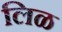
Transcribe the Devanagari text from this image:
लिळ